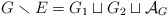
\begin{align*}G \smallsetminus E = G_1 \sqcup G_2 \sqcup \mathcal{A}_G\end{align*}